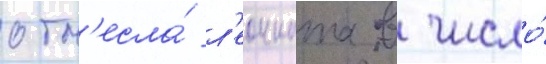
отн'есла́ л'еонната в число́